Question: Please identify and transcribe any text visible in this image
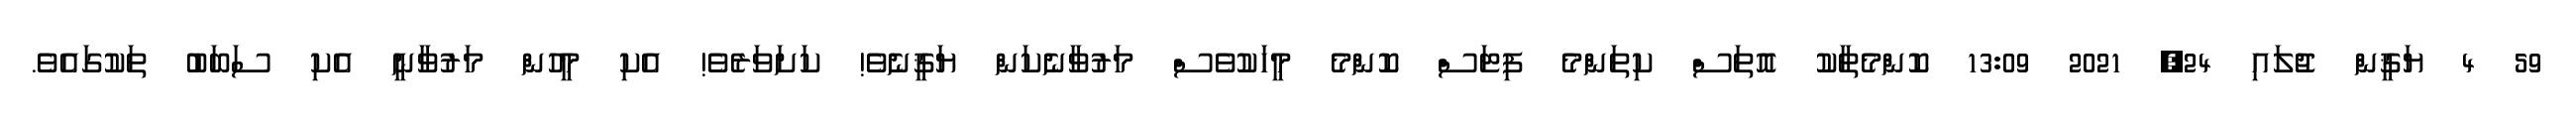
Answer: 59 4 ޔަޤީން ޖުލައި 24, 2021 13:09 ކޮންމެތާކު އޮތަސް ކިތަންމެ ފިޓަސް ކޮންމެ މީހަކުވެސް މަރުވާނެކަން ޔަޤީނެވެ! ކަށަވަރެވެ! އެކި މީހުން މަރުވާނީ އެކި ސަބަބު ތަކުގައެވެ.